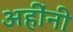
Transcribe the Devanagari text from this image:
अहींनी